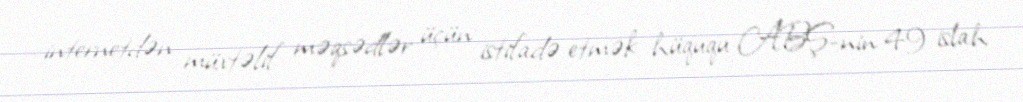
internetdən müxtəlif məqsədlər üçün istifadə etmək hüququ ABŞ-nin 49 islah